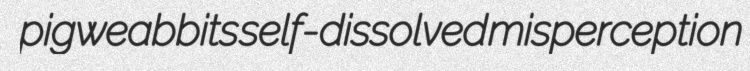
pigweabbits self-dissolved misperception